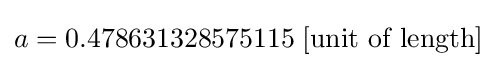
a=0.478631328575115\;[{\text{unit of length}}]